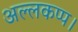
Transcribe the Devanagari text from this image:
अल्लकप्प।